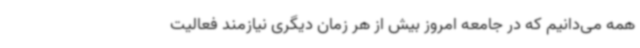
همه می‌دانیم که در جامعه امروز بیش از هر زمان دیگری نیازمند فعالیت